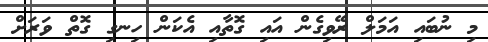
މި ނުބައި އަމަލް ރޭވިގެން އައި ގޮތާއި އެކަން ހިނގި ގޮތް ވަރަށް